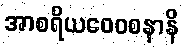
အာစရိယဝေဝစနာနိ